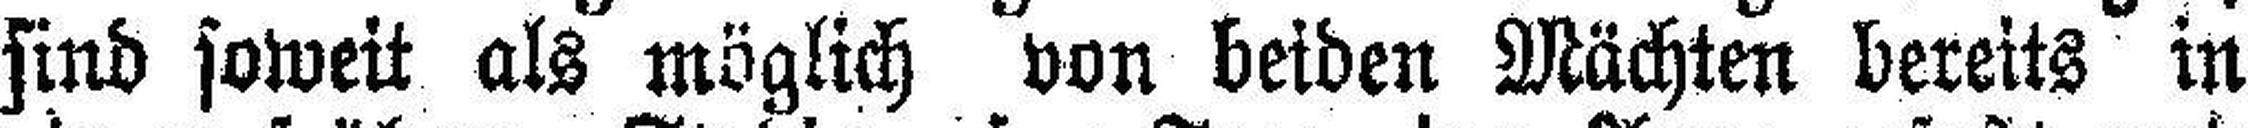
sind soweit als möglich von beiden Mächten bereits in